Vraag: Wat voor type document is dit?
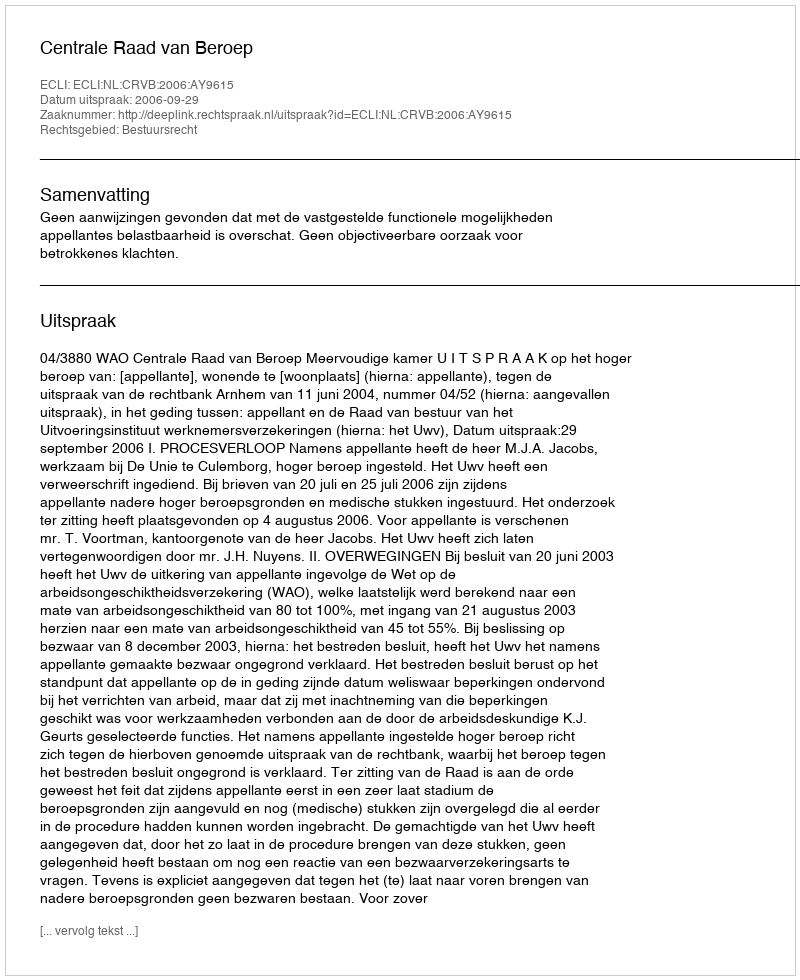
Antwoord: Uitspraak